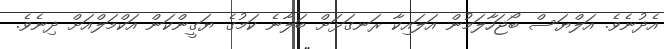
އެދުނެވެ. އަލްޔަސް ބޯޖަހާލަމުން އަލައިކާ ރަނގަޅަށް ބަލާނެ ކަމުގެ ޔަގީންކަން އަކްމަލްއަށް ދިނެވެ.